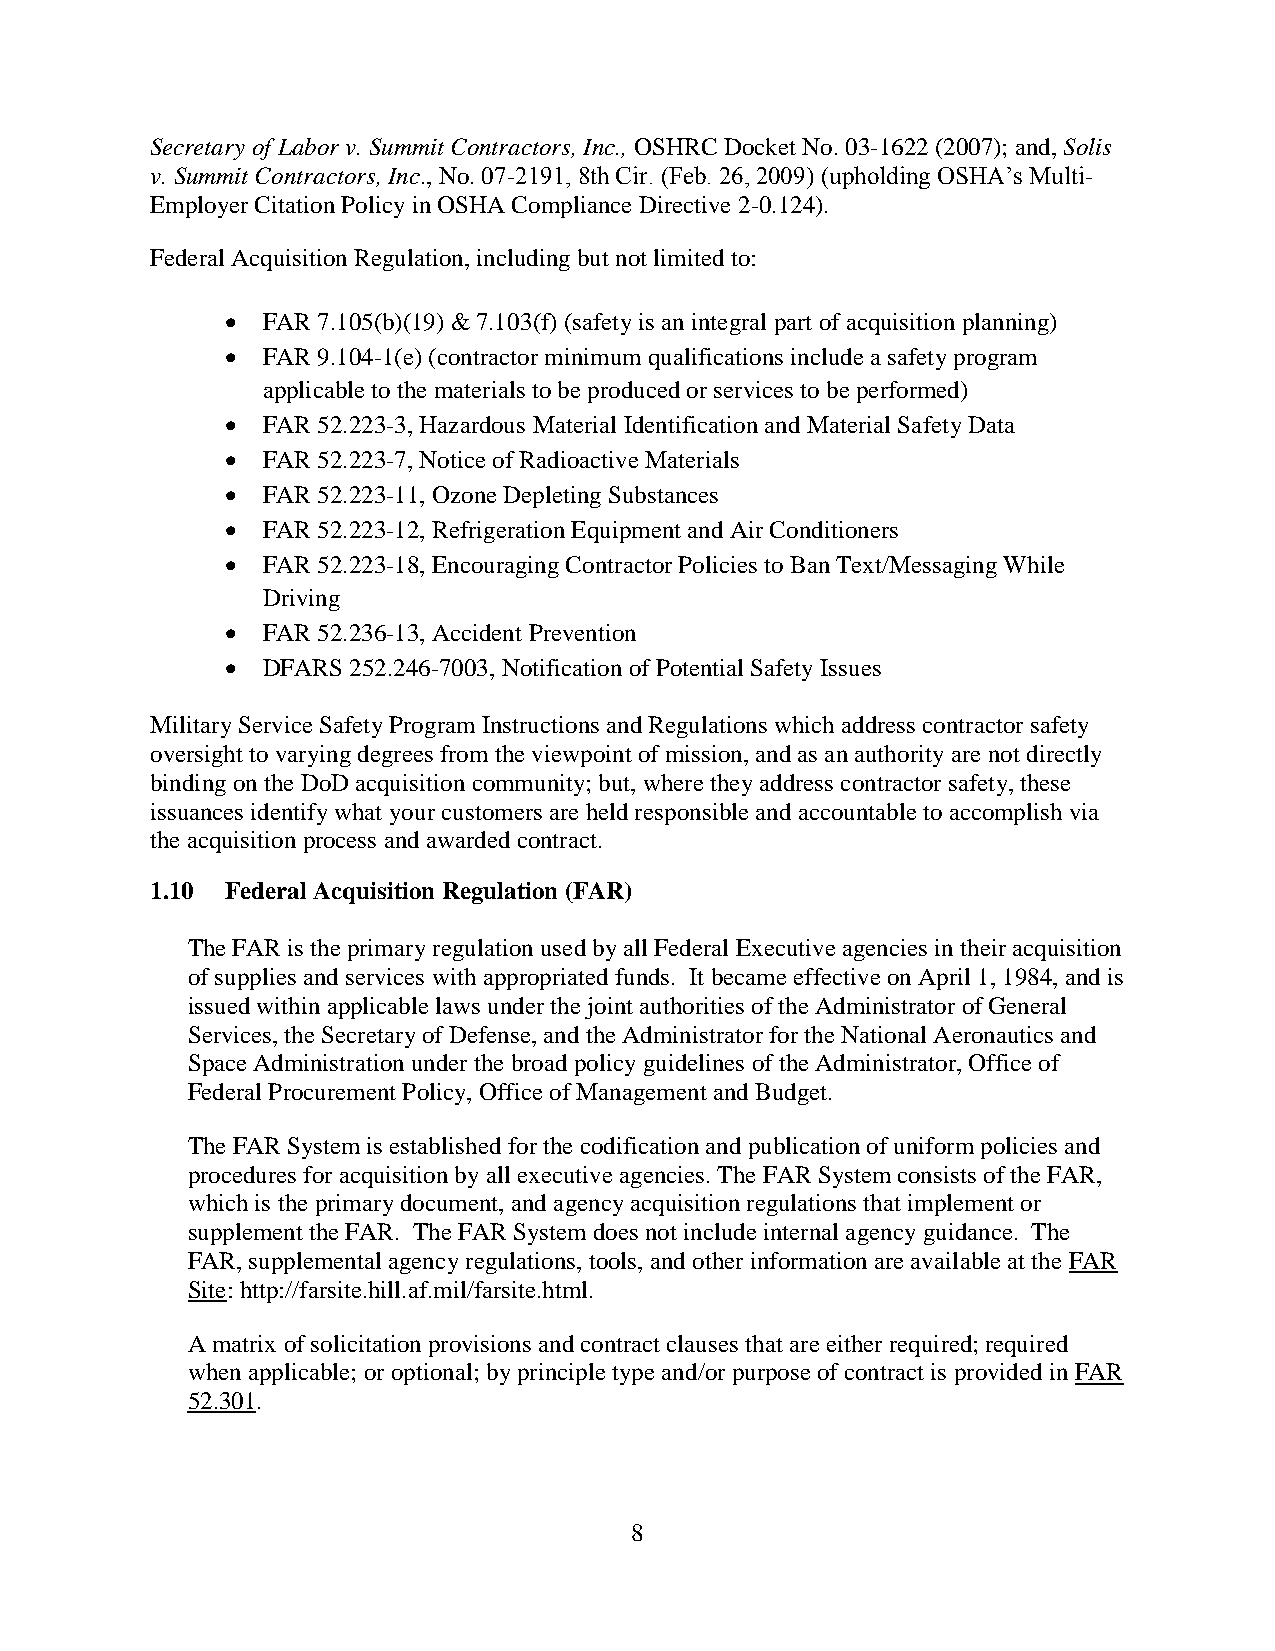
Secretary of Labor v. Summit Contractors, Inc., OSHRC Docket No. 03-1622 (2007); and, Solis
 v. Summit Contractors, Inc., No. 07-2191, 8th Cir. (Feb. 26, 2009) (upholding OSHA’s Multi-
 Employer Citation Policy in OSHA Compliance Directive 2-0.124).
 Federal Acquisition Regulation, including but not limited to:
  FAR 7.105(b)(19) & 7.103(f) (safety is an integral part of acquisition planning)
  FAR 9.104-1(e) (contractor minimum qualifications include a safety program
 applicable to the materials to be produced or services to be performed)
  FAR 52.223-3, Hazardous Material Identification and Material Safety Data
  FAR 52.223-7, Notice of Radioactive Materials
  FAR 52.223-11, Ozone Depleting Substances
  FAR 52.223-12, Refrigeration Equipment and Air Conditioners
  FAR 52.223-18, Encouraging Contractor Policies to Ban Text/Messaging While
 Driving
  FAR 52.236-13, Accident Prevention
  DFARS 252.246-7003, Notification of Potential Safety Issues
 Military Service Safety Program Instructions and Regulations which address contractor safety
 oversight to varying degrees from the viewpoint of mission, and as an authority are not directly
 binding on the DoD acquisition community; but, where they address contractor safety, these
 issuances identify what your customers are held responsible and accountable to accomplish via
 the acquisition process and awarded contract.
 1.10 Federal Acquisition Regulation (FAR)
 The FAR is the primary regulation used by all Federal Executive agencies in their acquisition
 of supplies and services with appropriated funds. It became effective on April 1, 1984, and is
 issued within applicable laws under the joint authorities of the Administrator of General
 Services, the Secretary of Defense, and the Administrator for the National Aeronautics and
 Space Administration under the broad policy guidelines of the Administrator, Office of
 Federal Procurement Policy, Office of Management and Budget.
 The FAR System is established for the codification and publication of uniform policies and
 procedures for acquisition by all executive agencies. The FAR System consists of the FAR,
 which is the primary document, and agency acquisition regulations that implement or
 supplement the FAR. The FAR System does not include internal agency guidance. The
 FAR, supplemental agency regulations, tools, and other information are available at the FAR
 Site: http://farsite.hill.af.mil/farsite.html.
 A matrix of solicitation provisions and contract clauses that are either required; required
 when applicable; or optional; by principle type and/or purpose of contract is provided in FAR
 52.301.
 8